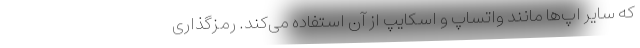
که سایر اپ‌ها مانند واتساپ و اسکایپ از آن استفاده می‌کند. رمزگذاری